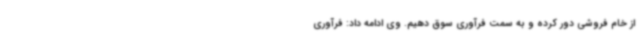
از خام فروشی دور کرده و به سمت فرآوری سوق دهیم. وی ادامه داد: فرآوری